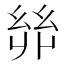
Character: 𢇇